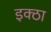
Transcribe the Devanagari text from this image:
इक्ठा